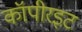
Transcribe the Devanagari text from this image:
कॉपीरइट